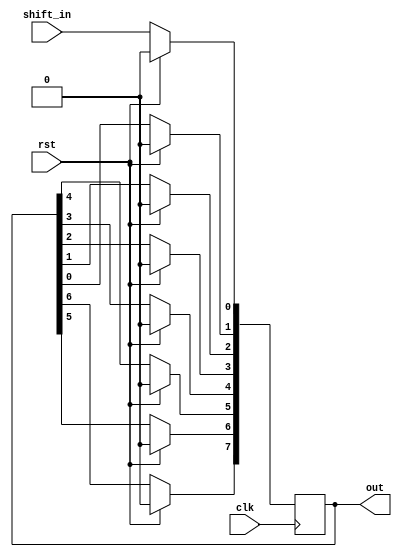

//This is a 8-bit shift register module.

module eight_bit_shift_register_behavioral2_module(shift_in, clk, rst, out);

	input shift_in;
	input clk; //clock
	input rst; //reset
	
	output [7:0] out;
	reg [7:0] out;	
	
	always@(posedge clk)
	begin
		if(rst == 1'b1)
		begin
			out <= 8'd0; //Take a look at it. I used the "decimal" format here.
		end
		else
		begin			
			out[0] <= shift_in;
			out[1] <= out[0];
			out[2] <= out[1];
			out[3] <= out[2];
			out[4] <= out[3];
			out[5] <= out[4];
			out[6] <= out[5];
			out[7] <= out[6];	
		
		end
	end
endmodule